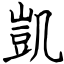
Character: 凱